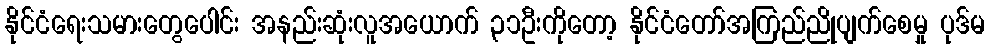
နိုင်ငံရေးသမားတွေပေါင်း အနည်းဆုံးလူအယောက် ၃၁ဦးကိုတော့ နိုင်ငံတော်အကြည်ညိုပျက်စေမှု ပုဒ်မ